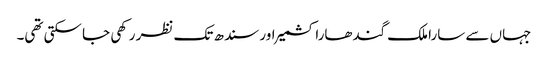
جہاں سے سارا ملک گندھارا کشمیر اور سندھ تک نظر رکھی جا سکتی تھی۔